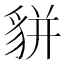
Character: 𧳉